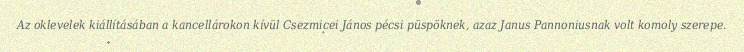
Az oklevelek kiállításában a kancellárokon kívül Csezmicei János pécsi püspöknek, azaz Janus Pannoniusnak volt komoly szerepe.